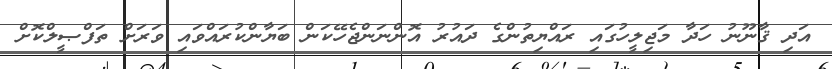
އަދި ޤާނޫނު ހަދާ މަޖިލީހުގައި ރައްޔިތުންގެ ދައުރު އޮންނަންޖެހޭކަން ބަޔާންކުރައްވައި ވަރަށް ތަފްޞީލްކޮށް